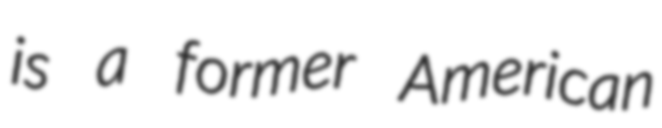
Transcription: is a former American